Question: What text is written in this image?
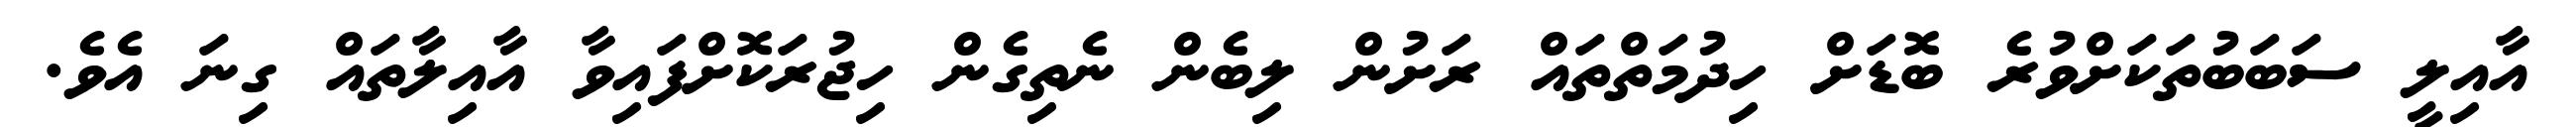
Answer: އާއިލީ ސަބަބުތަކަށްވުރެ ބޮޑަށް ހިދުމަތްތައް ރަށުން ލިބެން ނެތިގެން ހިޖުރަކޮށްފައިވާ އާއިލާތައް ގިނަ އެވެ.